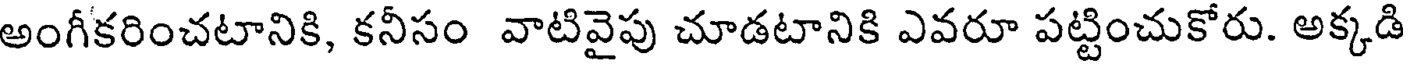
అంగీకరించటానికి, కనీసం వాటివైపు చూడటానికి ఎవరూ పట్టించుకోరు. అక్కడి